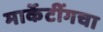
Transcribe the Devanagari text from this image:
मार्केटींगचा